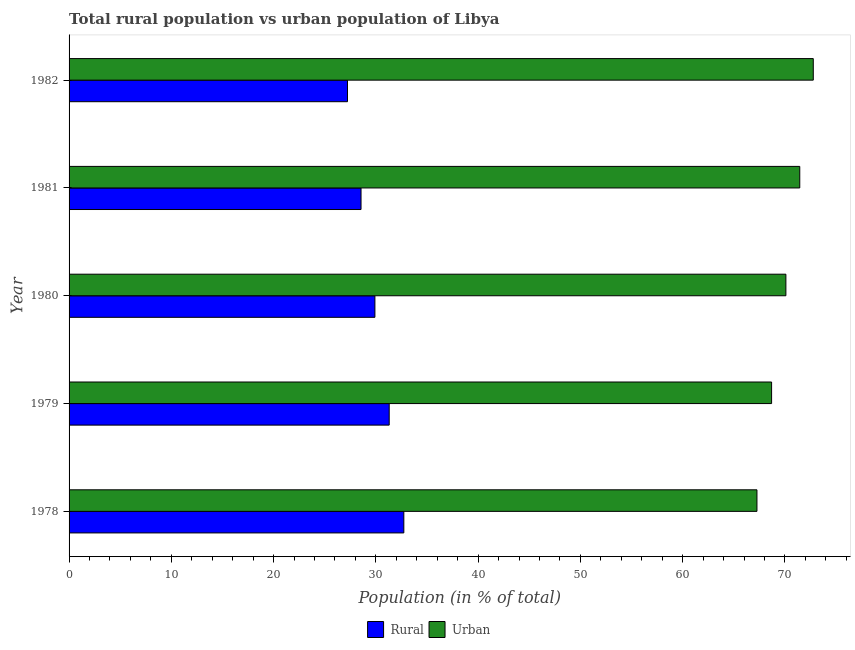
| Year | Rural | Urban |
 | --- | --- | --- |
 | 1978 | 32.7 | 67.3 |
 | 1979 | 31.3 | 68.7 |
 | 1980 | 29.9 | 70.1 |
 | 1981 | 28.5 | 71.5 |
 | 1982 | 27.2 | 72.8 |